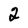
Character: 2